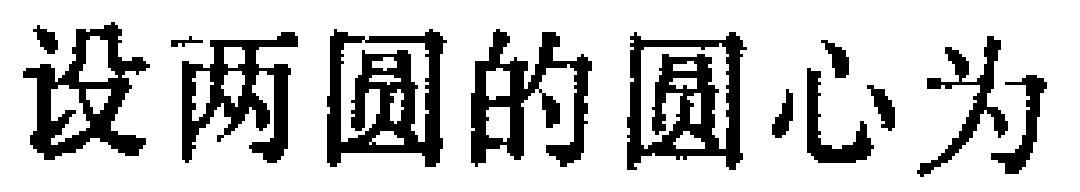
设两圆的圆心为